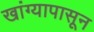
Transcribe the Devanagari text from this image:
खांग्यापासून